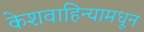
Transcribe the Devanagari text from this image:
केशवाहिन्यामधून